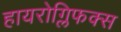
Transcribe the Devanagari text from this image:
हायरोग्लिफक्स